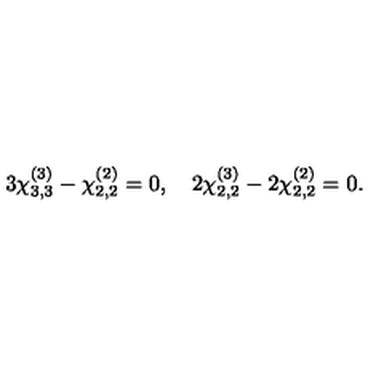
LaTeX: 3 \chi _ { 3 , 3 } ^ { ( 3 ) } - \chi _ { 2 , 2 } ^ { ( 2 ) } = 0 , \quad 2 \chi _ { 2 , 2 } ^ { ( 3 ) } - 2 \chi _ { 2 , 2 } ^ { ( 2 ) } = 0 .